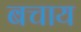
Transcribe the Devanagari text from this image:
बचाय